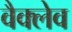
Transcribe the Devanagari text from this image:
वैक्लेव